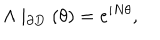
LaTeX: \Lambda \mid _ { \partial D } ( \theta ) = e ^ { i N \theta } ,